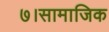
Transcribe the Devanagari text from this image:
७।सामाजिक